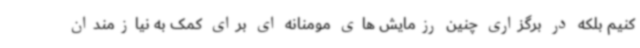
کنیم بلکه در برگزاری چنین رزمایش های مومنانه ای برای کمک به نیازمندان